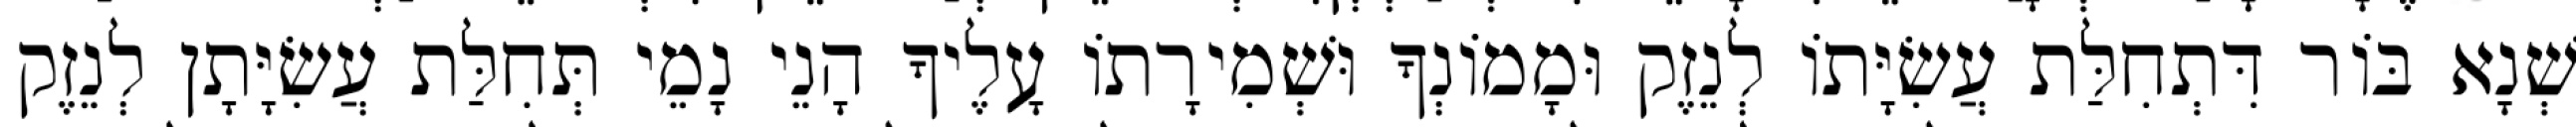
שְׁנָא בּוֹר דִּתְחִלַּת עֲשִׂיָּתוֹ לְנֵזֶק וּמָמוֹנְךָ וּשְׁמִירָתוֹ עָלֶיךָ הָנֵי נָמֵי תְּחִלַּת עֲשִׂיָּתָן לְנֵזֶק